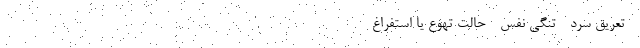
- تعریق سرد - تنگی نفس - حالت تهوع یا استفراغ -------------------